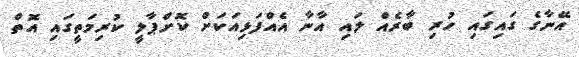
އޭނާގެ ގައިގައި ހުރި ބާރެއް ލައި އާނާ އެއްފަޅިއަކަަށް ކޮށްޕާލީ ކުރިމަތީގައި އޮތް